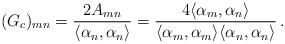
LaTeX: \begin{align*} (G_c)_{mn}={2A_{mn}\over\langle\alpha_n,\alpha_n\rangle}=\frac{4\langle\alpha_m,\alpha_n\rangle} {\langle\alpha_m,\alpha_m\rangle\langle\alpha_n,\alpha_n\rangle}\, .\end{align*}